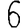
Digit: 6